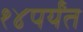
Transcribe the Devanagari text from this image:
१४पर्यंत